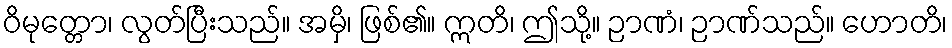
ဝိမုတ္တော၊ လွတ်ပြီးသည်။ အမှိ၊ ဖြစ်၏။ ဣတိ၊ ဤသို့။ ဉာဏံ၊ ဉာဏ်သည်။ ဟောတိ၊